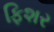
ફિશર